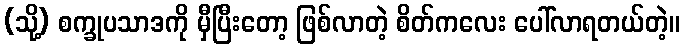
(သို့) စက္ခုပသာဒကို မှီပြီးတော့ ဖြစ်လာတဲ့ စိတ်ကလေး ပေါ်လာရတယ်တဲ့။